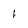
Character: f